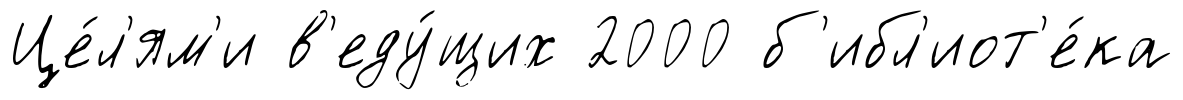
Це́л'ям'и в'еду́щих 2000 б'ибл'иот'е́ка